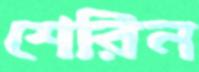
শেরিন